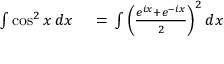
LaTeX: \begin{array} { r l } { \int \cos ^ { 2 } x \, d x \, } & { { } = \, \int \left( { \frac { e ^ { i x } + e ^ { - i x } } { 2 } } \right) ^ { 2 } d x } \end{array}